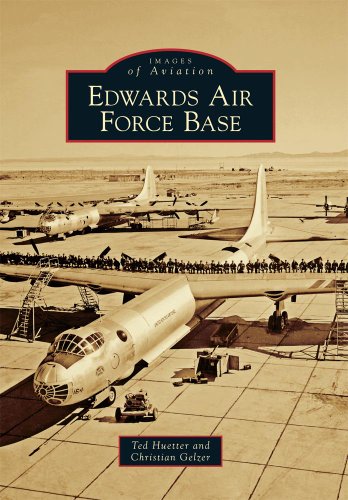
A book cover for Edwards Air Force Base (Images of Aviation); Ted Huetter; History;